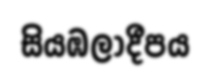
සියඹලාදීපය